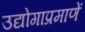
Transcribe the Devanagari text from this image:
उद्योगाप्रमाणें